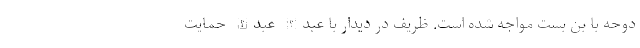
دوحه با بن بست مواجه شده است. ظریف در دیدار با عبدالله عبدالله حمایت